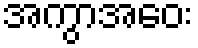
အကွာအဝေး